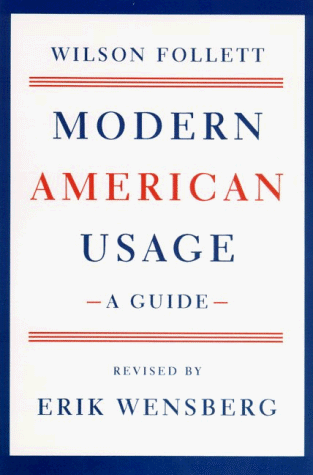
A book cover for Modern American Usage: A Guide; Wilson Follett; Reference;